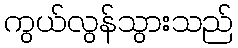
ကွယ်လွန်သွားသည်